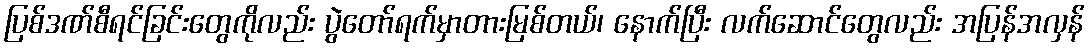
ပြစ်ဒဏ်စီရင်ခြင်းတွေကိုလည်း ပွဲတော်ရက်မှာတားမြစ်တယ်၊ နောက်ပြီး လက်ဆောင်တွေလည်း အပြန်အလှန်